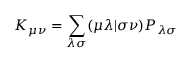
K _ { \mu \nu } = \sum _ { \lambda \sigma } ( \mu \lambda | \sigma \nu ) P _ { \lambda \sigma }